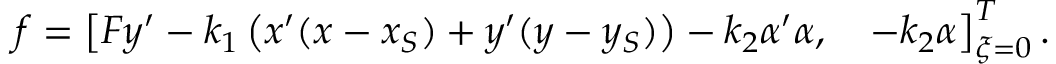
\boldsymbol { f } = \left[ F y ^ { \prime } - k _ { 1 } \left( x ^ { \prime } ( x - x _ { S } ) + y ^ { \prime } ( y - y _ { S } ) \right) - k _ { 2 } \alpha ^ { \prime } \alpha , ~ ~ ~ - k _ { 2 } \alpha \right] _ { \xi = 0 } ^ { T } .